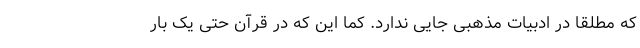
که مطلقاً در ادبیات مذهبی جایی ندارد. کما این که در قرآن حتی یک بار